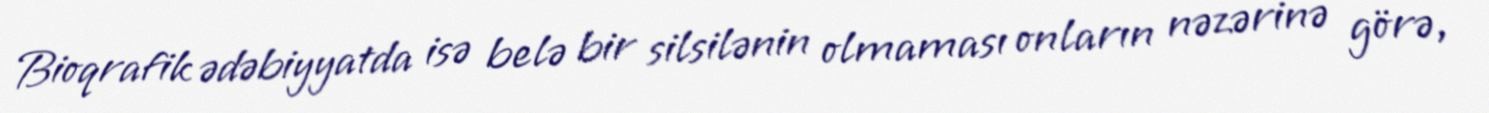
Bioqrafik ədəbiyyatda isə belə bir silsilənin olmaması onların nəzərinə görə,